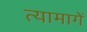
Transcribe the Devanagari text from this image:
त्यामागें